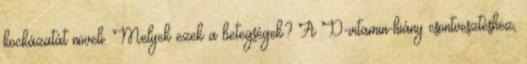
kockázatát növeli. Melyek ezek a betegségek? A D-vitamin-hiány csontvesztéshez,